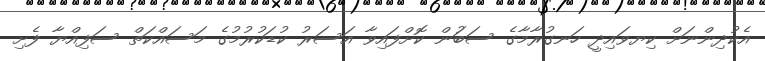
އެކުދިންނަށް ކިޔވައިދީ ހަނގުރާމާގެ ސަބަުން ކޮށްފައިވާ އަސަރު ކުޑަކުރުމުގެ މަސައްކަތް ސަފިއްޔާ ފެށި